Plague in India, 1896, 1897 - Volume 2
Year: 1896
Disease focus: Plague
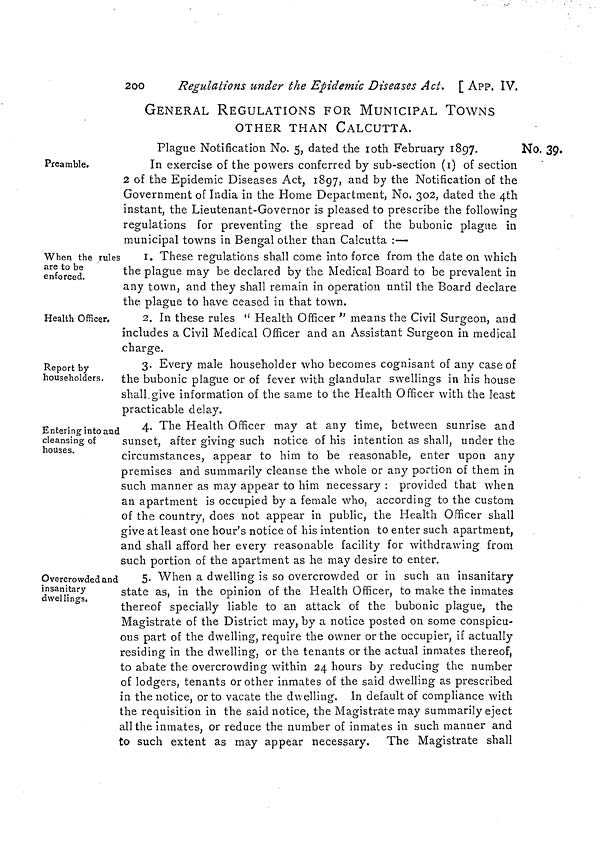
243
APP. IX. ]
spread of infection by sea.
hoist a yellow flag, and indicate by signal the port from which she has
come, and shall keep such flag and signal flying until permitted to
take it down as hereinafter provided. The pilot on going alongside a
vessel from Karachi shall direct the flag prescribed above to be hoisted
if it has not already been done.
* N.B.—Pilotage is compulsory for
all vessels over 100 tons in the Port of
Calcutta.
II.—The Commander shall not, without first having obtained permis-
sion as hereinafter provided, allow any
communication except orally with the
shore or any other vessel or boat,
excepting only with the boat supplying the Pilots* from the Pilot Brig
and in that case communication shall be limited to receiving on board
the Pilot, his Leadsman, servant and baggage.
III.—If there is any case of sickness on board, and the Pilot has
reason to believe that it is plague, he shall telegraph to the Port
Officer from Saugor, and not proceed beyond Diamond Harbour
without the permission of the Port Officer.
IV.—If the Pilot has no reason to believe that there is any one
suffering from plague on board, he shall bring the vessel up the river
to Mateeabrooj, and shall anchor it there till the Health Officer has
visited it.
V.—The Health Officer, as soon as he has received information of
the vessel at Mateeabrooj, shall visit it, and ascertain by enquiry from
the Commander or the Medical Officer on board, or other sources of
information, whether any person on board is suffering or has suffered
from plague.
VI.—If the Health Officer is satisfied that no one is suffering from
plague, or has suffered from plague since the vessel left Karachi, and
if the vessel has been allowed pratique at any intermediate port
including Colombo, he shall allow the passengers to land, but shall
detain the vessel at Mateeabrooj, till such measures have been taken
for the disinfection of the mails and cargo and hold as he may consider
necessary.
VII.—When he is satisfied that the necessary measures have been
taken for the disinfection of the mails, cargo and hold, he shall allow
the mails and cargo to be landed, and shall by writing under his band,
to be delivered to the Commander, permit such vessel to haul down
the yellow flag, and to proceed upwards in the Port, and to hold free
communication with the shore and with vessels and boats in Port.
VIII.—If the vessel has not been allowed pratique at Colombo or
other intermediate ports, or if through her not carrying a qualified
Medical Officer, or for other reasons, the Health Officer is not satisfied
that no one on board has suffered during the voyage from plague, he